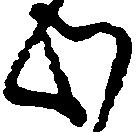
心